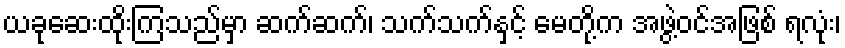
ယခုဆေးထိုးကြသည်မှာ ဆက်ဆက်၊ သက်သက်နှင့် မေတို့က အဖွဲ့ဝင်အဖြစ် ရလုံး၊